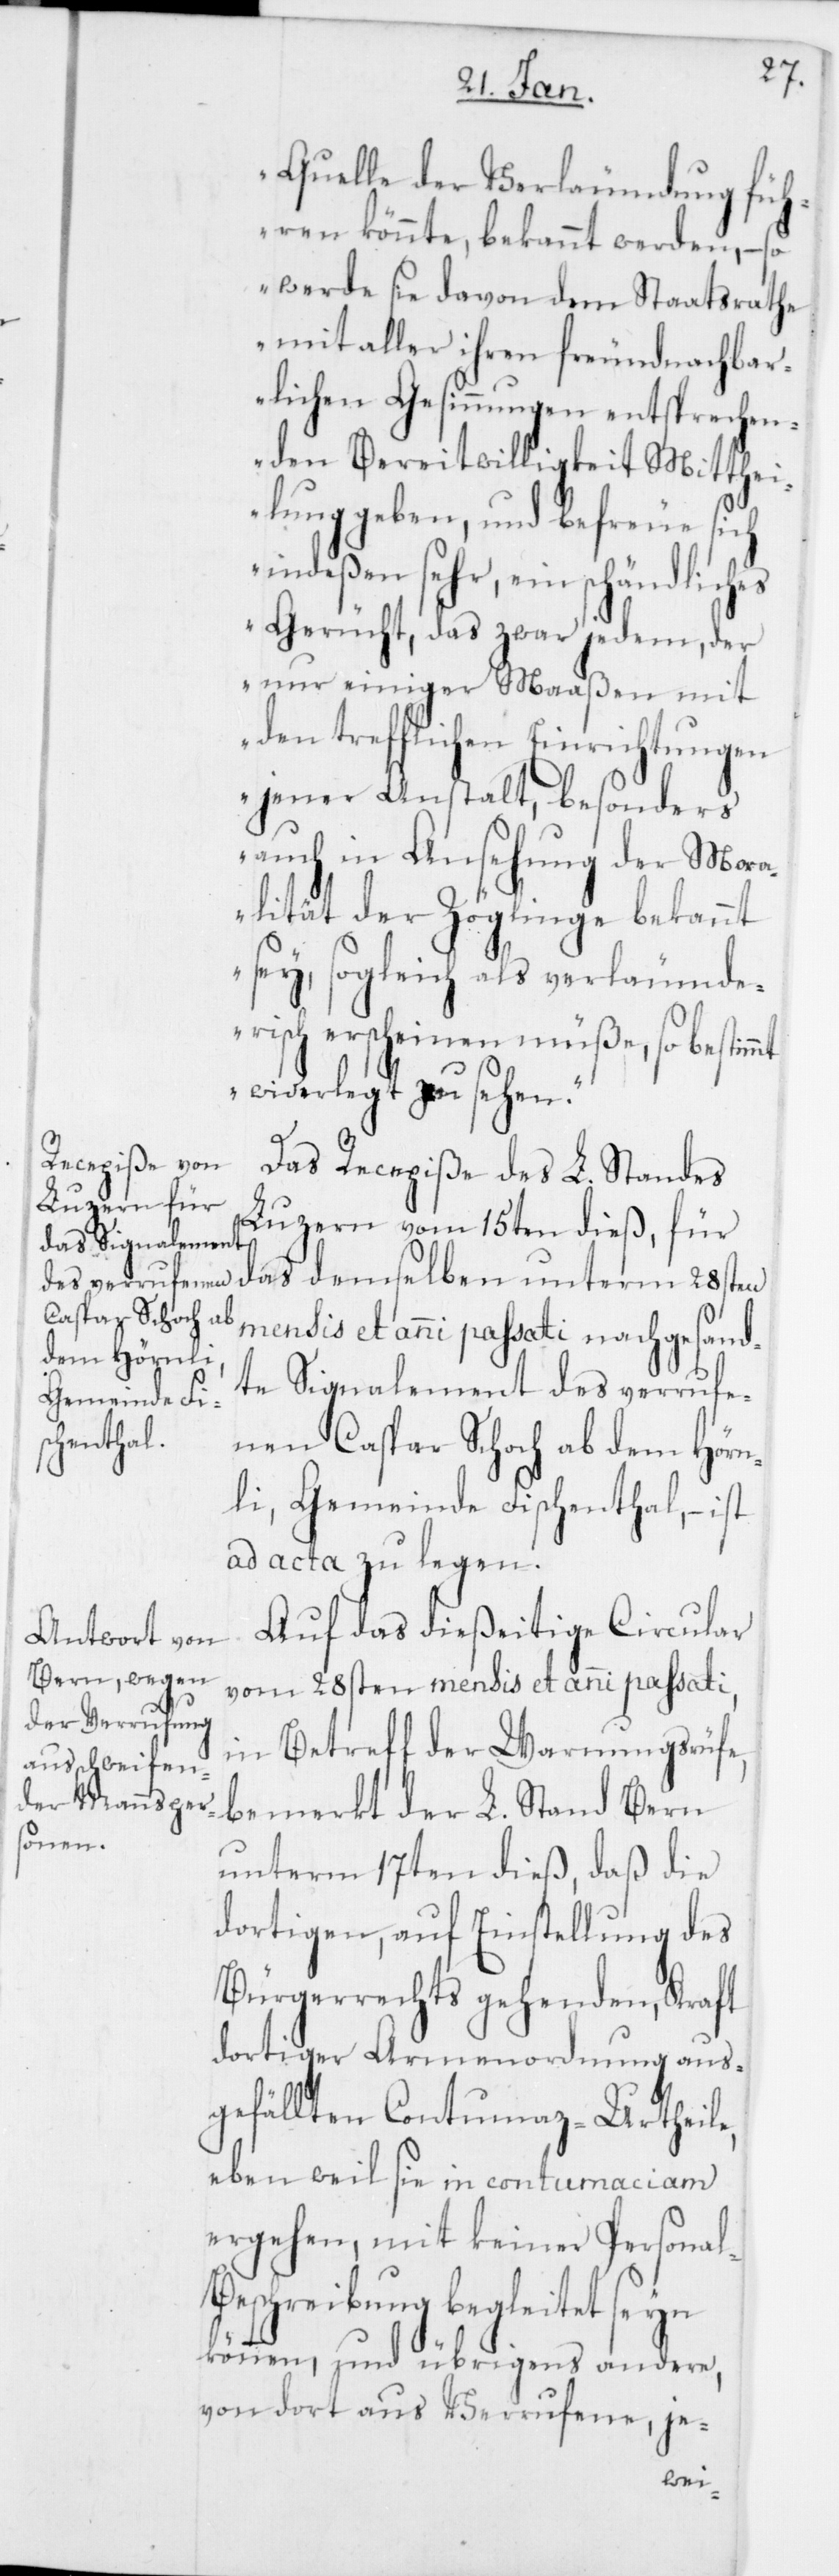
Quelle der Verleumdung fü¬
hren könnte, bekannt werden, – so
werde sie davon dem Staatsrathe
mit aller ihren freundnachbar¬
lichen Gesinnungen entsprechen¬
den Bereitwilligkeit Mitthei¬
lung geben, und befreue sich
indeßen sehr, ein schändliches
Gerücht, das zwar jedem, der
nur einiger Maaßen mit
den trefflichen Einrichtungen
jener Anstalt, besonders
auch in Ansehung der Mor¬
alität der Zöglinge bekannt
sey, sogleich als verleumde¬
risch erscheinen müße, so bestimmt
widerlegt zu sehen.“
Das Recepiße des L. Standes
Luzern vom 15ten dieß, für
mensis et anni passati nachgesand¬
te Signalement des verrufe¬
nen Caspar Schoch ab dem Hörn¬
li, Gemeinde Fischenthal, – ist
ad acta zu legen.
Auf das dießeitige Circular
vom 28sten mensis et anni passati,
in Betreff der Warnungsrüfe,
bemerkt der L. Stand Bern
unterm 17ten dieß, daß die
dortigen, auf Einstellung des
Bürgerrechts gehenden, Kraft
dortiger Armenordnung aus¬
gefällten Contumaz-Urtheile,
eben weil sie in contumaciam
ergehen, mit keiner Persona¬
l-Beschreibung begleitet seyn
können, und übrigens andere,
von dort aus Verrufene, je-